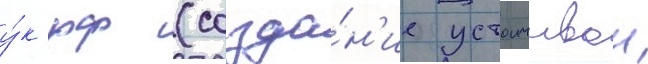
у́к рф (созда́н'ие устоичивои